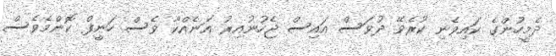
ދެމީހުންގެ ކައިވެނި ކުރެވޭ ދުވަސް އައިސް ޖެހުނުއިރު އަނެއްކާ ވެސް ހަނީފް ކޮންމެވެސް